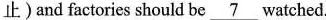
止) and factories should be \underline{7} watched.